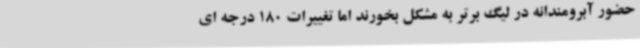
حضور آبرومندانه در لیگ برتر به مشکل بخورند اما تغییرات 180 درجه ای